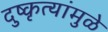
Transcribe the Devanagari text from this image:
दुष्कृत्यांमुळे